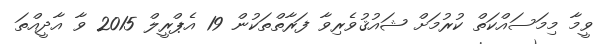
ވީމާ މިމަސައްކަތް ކުރުމަށް ޝައުޤުވެރިވާ ފަރާތްތަކުން 19 އެޕްރީލް 2015 ވާ އާދީއްތަ